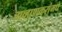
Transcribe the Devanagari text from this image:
गव्हाणकरांमधे